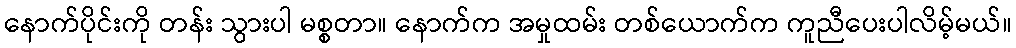
နောက်ပိုင်းကို တန်း သွားပါ မစ္စတာ။ နောက်က အမှုထမ်း တစ်ယောက်က ကူညီပေးပါလိမ့်မယ်။